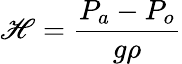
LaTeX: \mathscr{H}={\frac{{P_{a}-P_{o}}}{{g\rho}}}